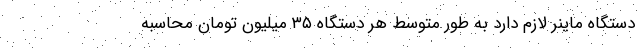
دستگاه ماینر لازم دارد به طور متوسط هر دستگاه ۳۵ میلیون تومان محاسبه